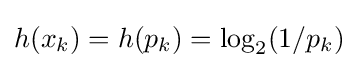
{\textstyle h(x_{k})=h(p_{k})=\log _{2}(1/p_{k})}